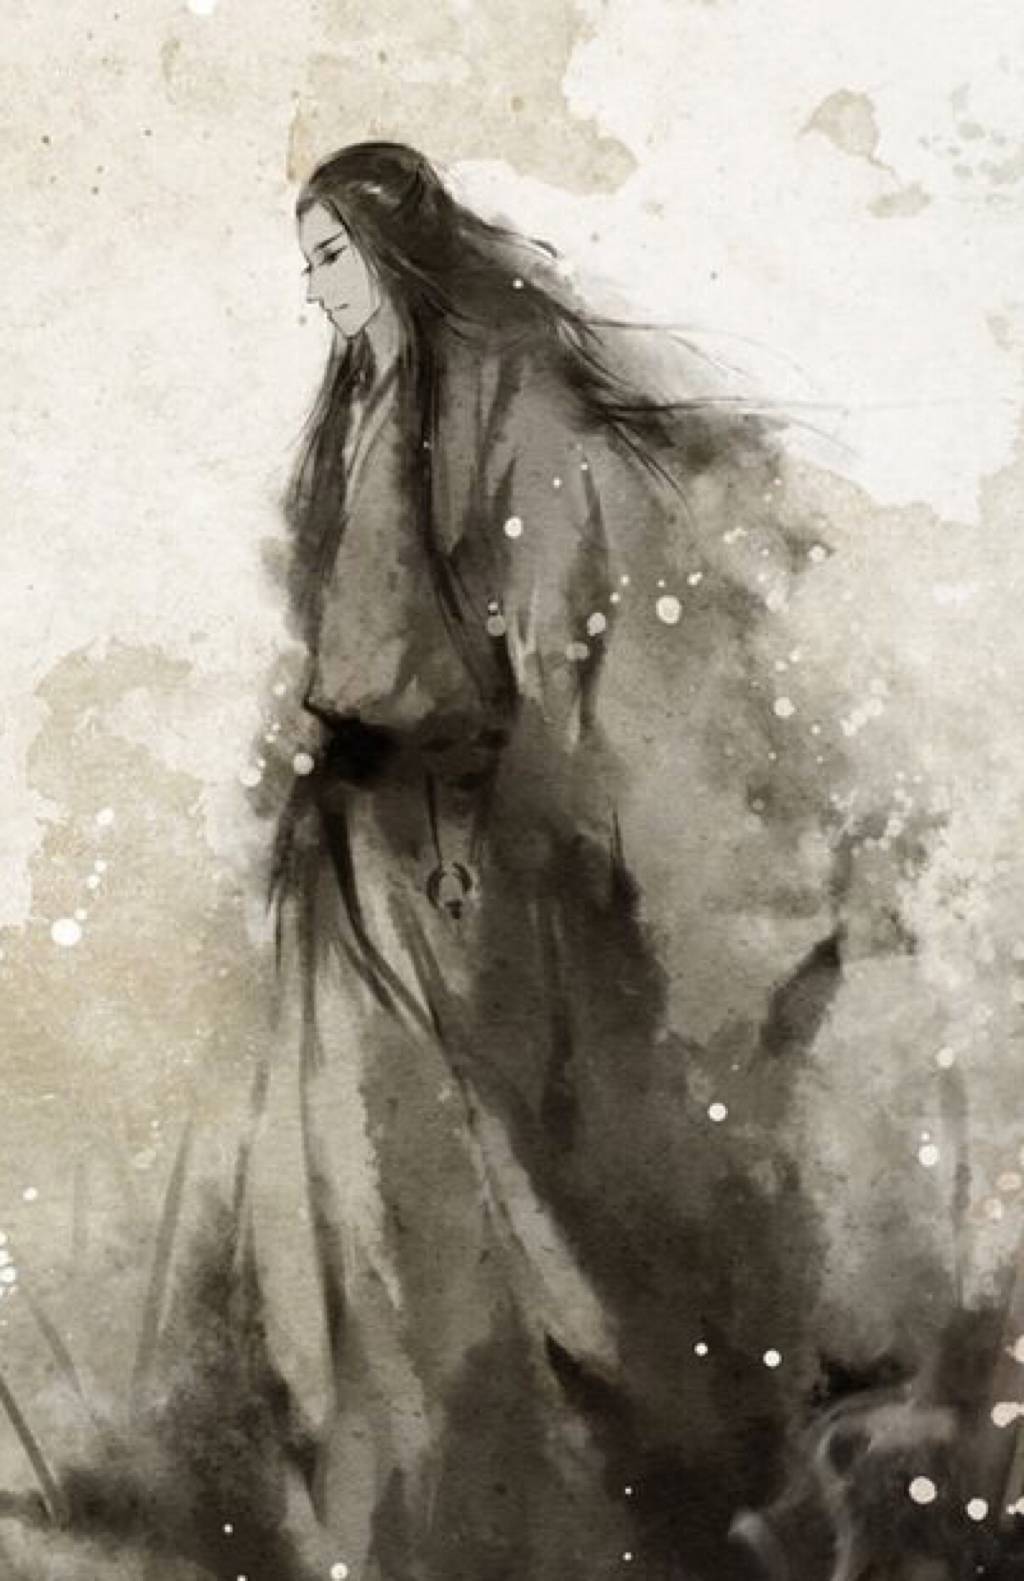
宝马雕车香满路。